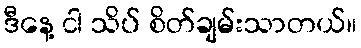
ဒီနေ့ ငါ သိပ် စိတ်ချမ်းသာတယ်။